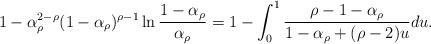
LaTeX: \begin{align*}1-\alpha_\rho^{2-\rho}(1-\alpha_\rho)^{\rho-1}\ln{\frac{1-\alpha_\rho}{\alpha_\rho}} &= 1-\int_0^1\frac{\rho-1-\alpha_\rho}{1-\alpha_\rho+(\rho-2)u}du.\end{align*}